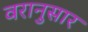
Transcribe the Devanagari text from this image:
वरानुसार